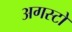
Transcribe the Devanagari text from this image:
अगस्टो